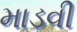
માડવી